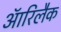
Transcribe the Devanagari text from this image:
ऑरिलैक